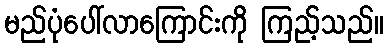
မည်ပုံပေါ်လာကြောင်းကို ကြည့်သည်။